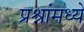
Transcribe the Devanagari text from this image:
प्रश्नांमध्ये